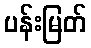
ပန်းမြတ်